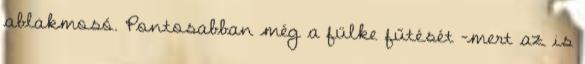
ablakmosó. Pontosabban még a fülke fűtését -mert az is